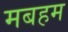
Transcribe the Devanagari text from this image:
मबहम